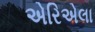
એરિએલા